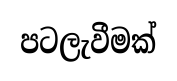
පටලැවීමක්